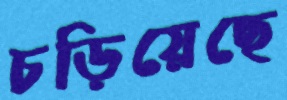
চড়িয়েছে